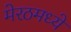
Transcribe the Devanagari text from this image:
मेरठमध्ये